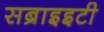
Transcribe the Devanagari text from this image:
सब्राइइटी